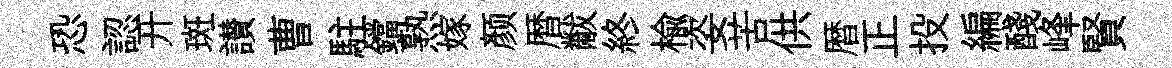
恐認开斑讃曹駐鐺熟嫁颜暦黻終榆姿苦供暦正投編醆峰賢